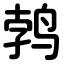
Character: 鹁